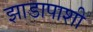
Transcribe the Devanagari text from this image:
झाडापाशी